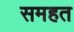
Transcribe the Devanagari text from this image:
समहत